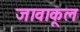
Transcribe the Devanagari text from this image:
जावाकूल